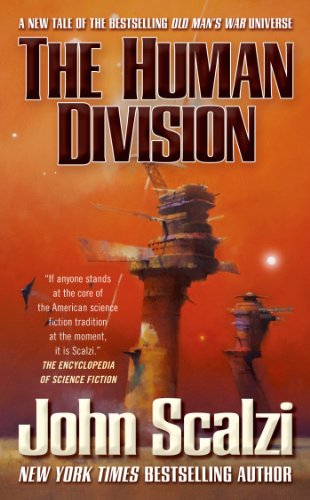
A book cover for The Human Division (Old Man's War); John Scalzi; Science Fiction & Fantasy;